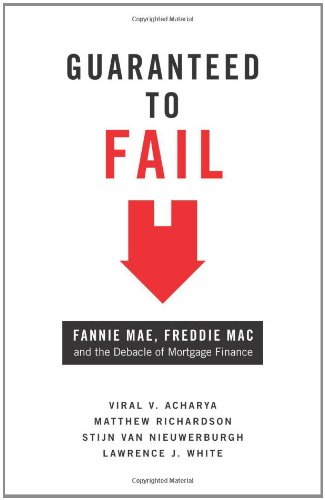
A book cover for Guaranteed to Fail: Fannie Mae, Freddie Mac, and the Debacle of Mortgage Finance; Viral V. Acharya; Business & Money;